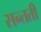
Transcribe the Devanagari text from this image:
सन्तती